Lunatic asylums United Provinces 1899-1908 - 1899-1908
Year: 1899
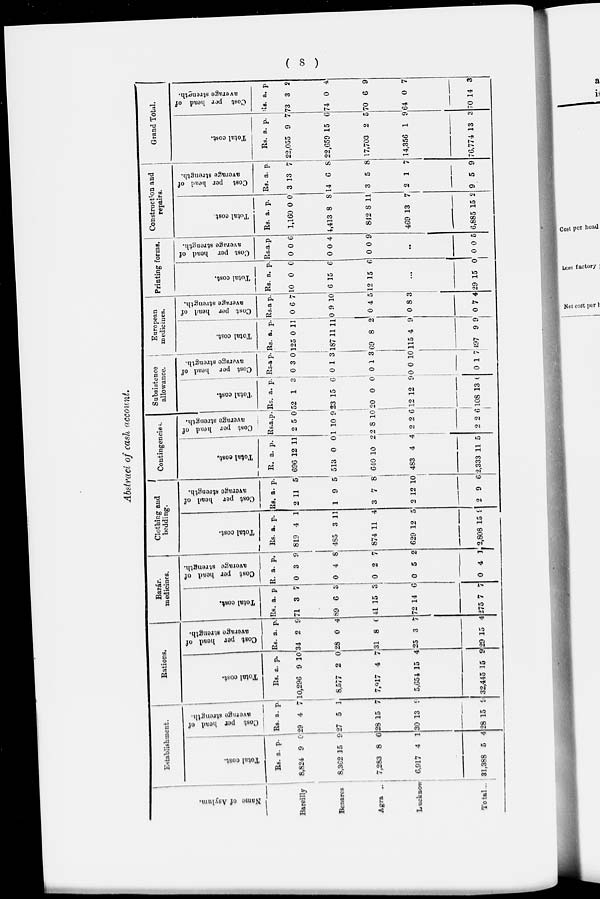
( 8 )
Abstract of cash account.
Name of Asylum.
Bareilly
Benares
Agra ..
Lucknow
Total ...
Establishment.
Total cost.
Rs.
8,824
8,362
7,283
6,917
31,388
a.
9
15
8
4
5
p.
0
9
6
1
4
Cost per head of
average strength.
Rs.
29
27
28
30
28
a.
4
5
15
13
15
p.
7
1
7
9
9
Rations.
Total cost.
Rs.
10,296
8,577
7,917
5,654
32,445
a.
9
2
4
15
15
p.
10
0
7
4
9
Cost per
head of
average strength.
Rs.
34
28
31
25
29
a.
2
0
8
3
15
p.
9
4
0
7
4
Bazár.
medicines.
Total cost.
Rs.
71
89
41
72
275
a.
3
6
15
14
7
p.
7
3
3
6
7
Cost per head of
average strength.
Rs.
0
0
0
0
0
a.
3
4
2
5
4
p.
9
8
7
2
1
Clothing and
bedding.
Total cost.
Rs.
819
485
874
629
2,808
a.
4
3
11
12
15
p.
1
11
4
5
9
Cost per
head of
average strength.
Rs.
2
1
3
2
2
a.
11
9
7
12
9
p.
5
5
8
10
6
Contingencies.
Total cost.
Rs.
696
513
640
483
2,333
a.
12
0
10
4
11
p.
11
0
2
4
5
Cost per
hend of
average strength.
Rs
2
1
28
2
2
a.
5
10
1
2
2
p.
0
9
0
6
6
Subsistence
allowance.
Total cost.
Rs.
52
23
20
12
108
a.
1
15
0
12
13
p.
3
6
0
9
6
Cost per head of
average strength.
Rs.
0
0
0
0
0
a.
3
1
1
0
1
p.
0
3
3
10
7
European
medicines.
Total cost.
Rs.
125
187
69
115
497
a.
0
11
8
4
9
p.
11
11
2
9
9
Cost per head of
average strength.
Rs.
0
0
0
0
0
a
6
9
4
8
7
p.
7
10
5
3
4
Printing forms.
Total cost.
Rs.
10
6
12
a.
0
15
15
p.
0
6
6
...
29 15 0
Cost per head of
average strength.
Rs.
0
0
0
a.
0
0
0
p.
6
4
9
...
0 0 5
Construction and
repairs.
Total cost.
Rs.
1,16
4,413
842
469
6,885
a.
0
8
8
13
15
p.
0
8
11
7
2
Cost per head of
average strength.
Rs.
3
14
3
2
9
a.
13
6
5
1
5
p.
7
8
8
7
9
Grand Total.
Total cost.
Rs.
22,055
22,659
17,703
14,356
76,774
a.
9
15
2
1
13
p.
7
6
5
9
3
Cost per head of
average strength.
Rs.
73
74
70
64
70
a.
3
0
6
0
14
p.
2
4
9
7
3